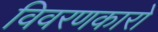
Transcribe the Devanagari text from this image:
विवरणकारो